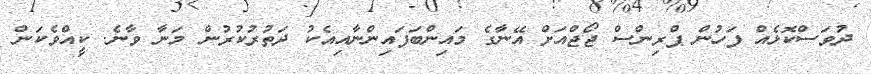
ދުވަސްކޮޅެއް ފަހުން ޕްރިންސް ޖޯޖްއަށް އޭނާގެ މައިންބަފައިންނާއިއެކު ދަތުރުކުރުން މަނާ ވާނެ. ކީއްވެކަން